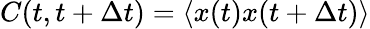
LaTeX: C(t,t+\Delta t)=\langle x(t)x(t+\Delta t)\rangle